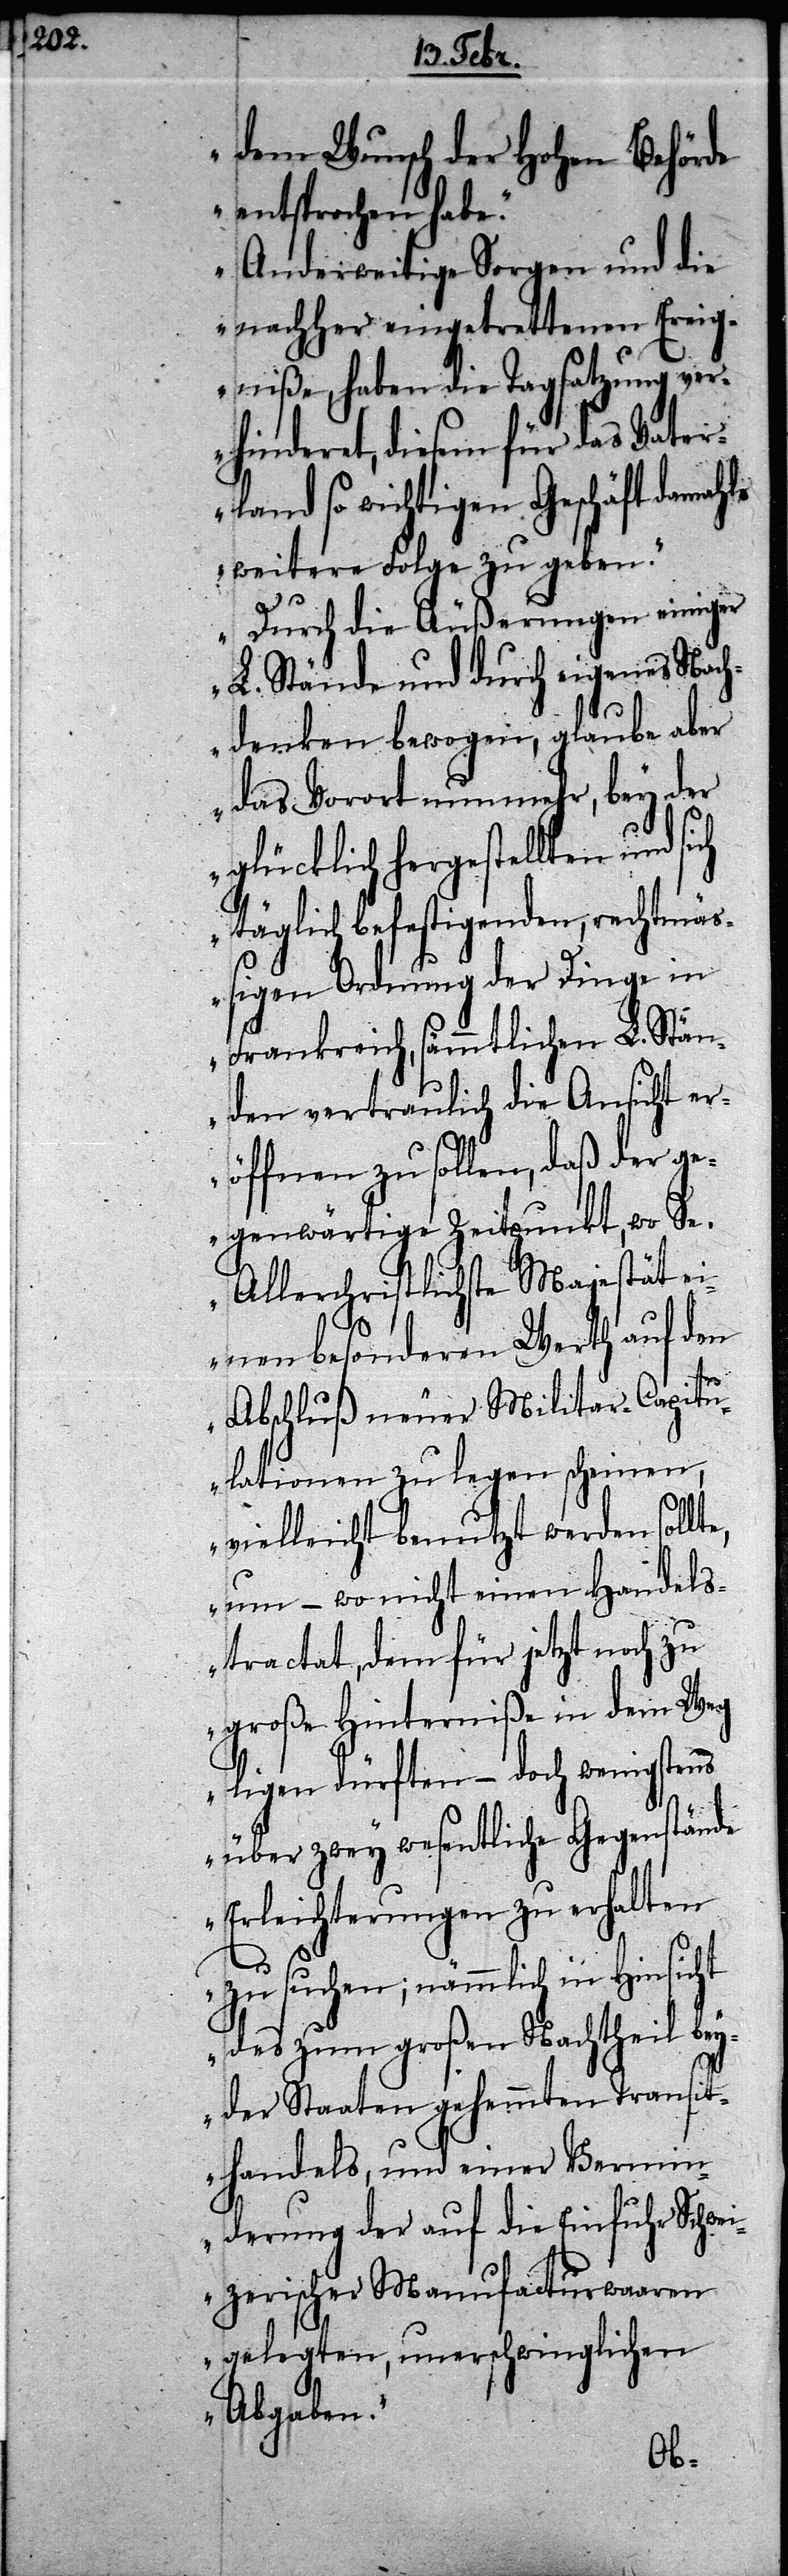
dem Wunsch der Hohen Behörde
entsprochen habe.
Anderweitige Sorgen und die
nachher eingetrettenen Ereig¬
ung ver¬
niße, haben die Tagsatz¬
hinderet, diesem für das Vate¬
damahls
rland so wichtigen Gesc¬
weitere Folge zu geben.
Durch die Äußerungen einiger
L. Stände und durch eigenes Nach¬
te,
denken bewogen, glaub¬
das Vorort nunmehr, bey der
glücklich hergestellten und sich
täglich befestigenden, rechtmäß¬
igen Ordnung der Dinge in
Frankreich, sämmtlichen L. Stän¬
den vertraulich die Ansicht er¬
öffnen zu sollen, daß der ge¬
genwärtige Zeitpunkt, wo Se.
einen besonderen Werth auf den
Abschluß neuer Militar-Capitu¬
lationen zu legen scheinen,
vielleicht benutzt werden soll¬
um – wo nicht einen Handels¬
tractat, dem für jetzt noch zu
große Hinterniße in dem Weg
ligen dürften – doch wenigstens
über zwey wesentliche Gegenstände
Erleichterungen zu erhalten
zu suchen; nämmlich in Hinsicht
des zum großen Nachtheil bey¬
der Staaten gehemmten Transit¬
handels, und einer Vermin¬
derung der auf die Einfuhr Schwe¬
izerischer Manufacturwaaren
gelegten, unerschwinglichen
Abgaben.